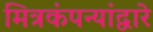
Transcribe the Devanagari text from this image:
मित्रकंपन्यांद्वारे